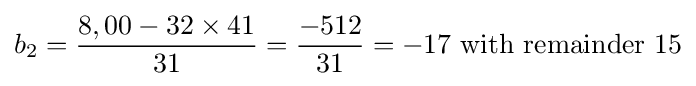
b_{2}={\frac {8,00-32\times 41}{31}}={\frac {-512}{31}}=-17{\mbox{ with remainder }}15